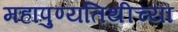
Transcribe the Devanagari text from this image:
महापुण्यतिथीच्या